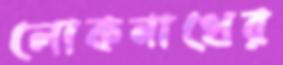
লোকনাথের